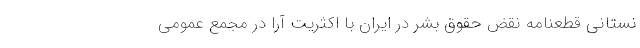
نستانی قطعنامه نقض حقوق بشر در ایران با اکثریت آرا در مجمع عمومی